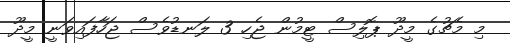
މި މެޗުގެ މީދޫ ޕޮލިސް ޓީމުން ޖެހި 3 ލަނޑުވެސް ޖަހާފައިވަނީ މީދޫ